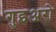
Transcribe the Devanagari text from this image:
गुइअरो